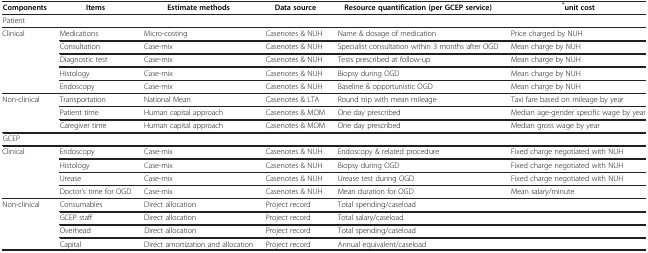
| Components | Items | Estimate methods | Data source | Resource quantification (per GCEP service) | *unit cost |
 | --- | --- | --- | --- | --- | --- |
 | <COLSPAN=6> Patient |
 | <ROWSPAN=5> Clinical | Medications | Micro-costing | Casenotes & NUH | Name & dosage of medication | Price charged by NUH |
 | Consultation | Case-mix | Casenotes & NUH | Specialist consultation within 3 months after OGD | Mean charge by NUH |
 | Diagnostic test | Case-mix | Casenotes & NUH | Tests prescribed at follow-up | Mean charge by NUH |
 | Histology | Case-mix | Casenotes & NUH | Biopsy during OGD | Mean charge by NUH |
 | Endoscopy | Case-mix | Casenotes & NUH | Baseline & opportunistic OGD | Mean charge by NUH |
 | <ROWSPAN=3> Non-clinical | Transportation | National Mean | Casenotes & LTA | Round trip with mean mileage | Taxi fare based on mileage by year |
 | Patient time | Human capital approach | Casenotes & MOM | One day prescribed | Median age-gender specific wage by year |
 | Caregiver time | Human capital approach | Casenotes & MOM | One day prescribed | Median gross wage by year |
 | <COLSPAN=6> GCEP |
 | <ROWSPAN=4> Clinical | Endoscopy | Case-mix | Casenotes & NUH | Endoscopy & related procedure | Fixed charge negotiated with NUH |
 | Histology | Case-mix | Casenotes & NUH | Biopsy during OGD | Fixed charge negotiated with NUH |
 | Urease | Case-mix | Casenotes & NUH | Urease test during OGD | Fixed charge negotiated with NUH |
 | Doctor’s time for OGD | Case-mix | Casenotes & NUH | Mean duration for OGD | Mean salary/minute |
 | <ROWSPAN=4> Non-clinical | Consumables | Direct allocation | Project record | Total spending/caseload |  |
 | GCEP staff | Direct allocation | Project record | Total salary/caseload |  |
 | Overhead | Direct allocation | Project record | Total spending/caseload |  |
 | Capital | Direct amortization and allocation | Project record | Annual equivalent/caseload |  |